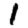
Digit: 1